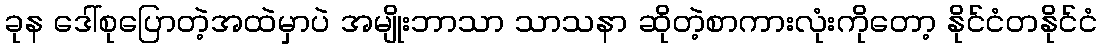
ခုန ဒေါ်စုပြောတဲ့အထဲမှာပဲ အမျိုးဘာသာ သာသနာ ဆိုတဲ့စာကားလုံးကိုတော့ နိုင်ငံတနိုင်ငံ